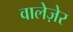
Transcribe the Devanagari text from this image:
वालेज़ेर